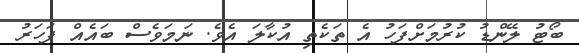
ބޯޓު ލޭންޑު ކުރުމަށްފަހު އެ ތަކެތި އުކާލަ އެވެ. ނަމަވެސް ބައެއް ފަހަރު